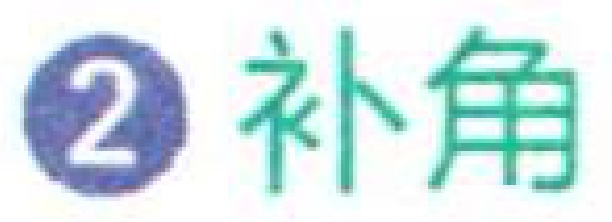
\textcircled{2} 补角